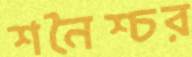
শনৈশ্চর